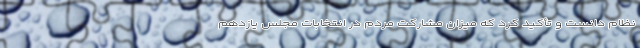
نظام دانست و تأکید کرد که میزان مشارکت مردم در انتخابات مجلس یازدهم